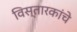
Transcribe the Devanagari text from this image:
विस्तारकांचे